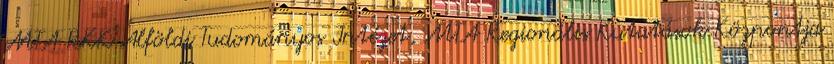
MTA RKK Alföldi Tudományos Intézet, MTA Regionális Kutatások Központja